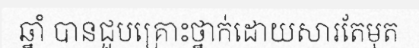
ឆ្នាំ បានជួបគ្រោះថ្នាក់ដោយសារតែមុត